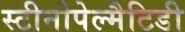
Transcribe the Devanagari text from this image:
स्टीनोपेल्मैटिडी